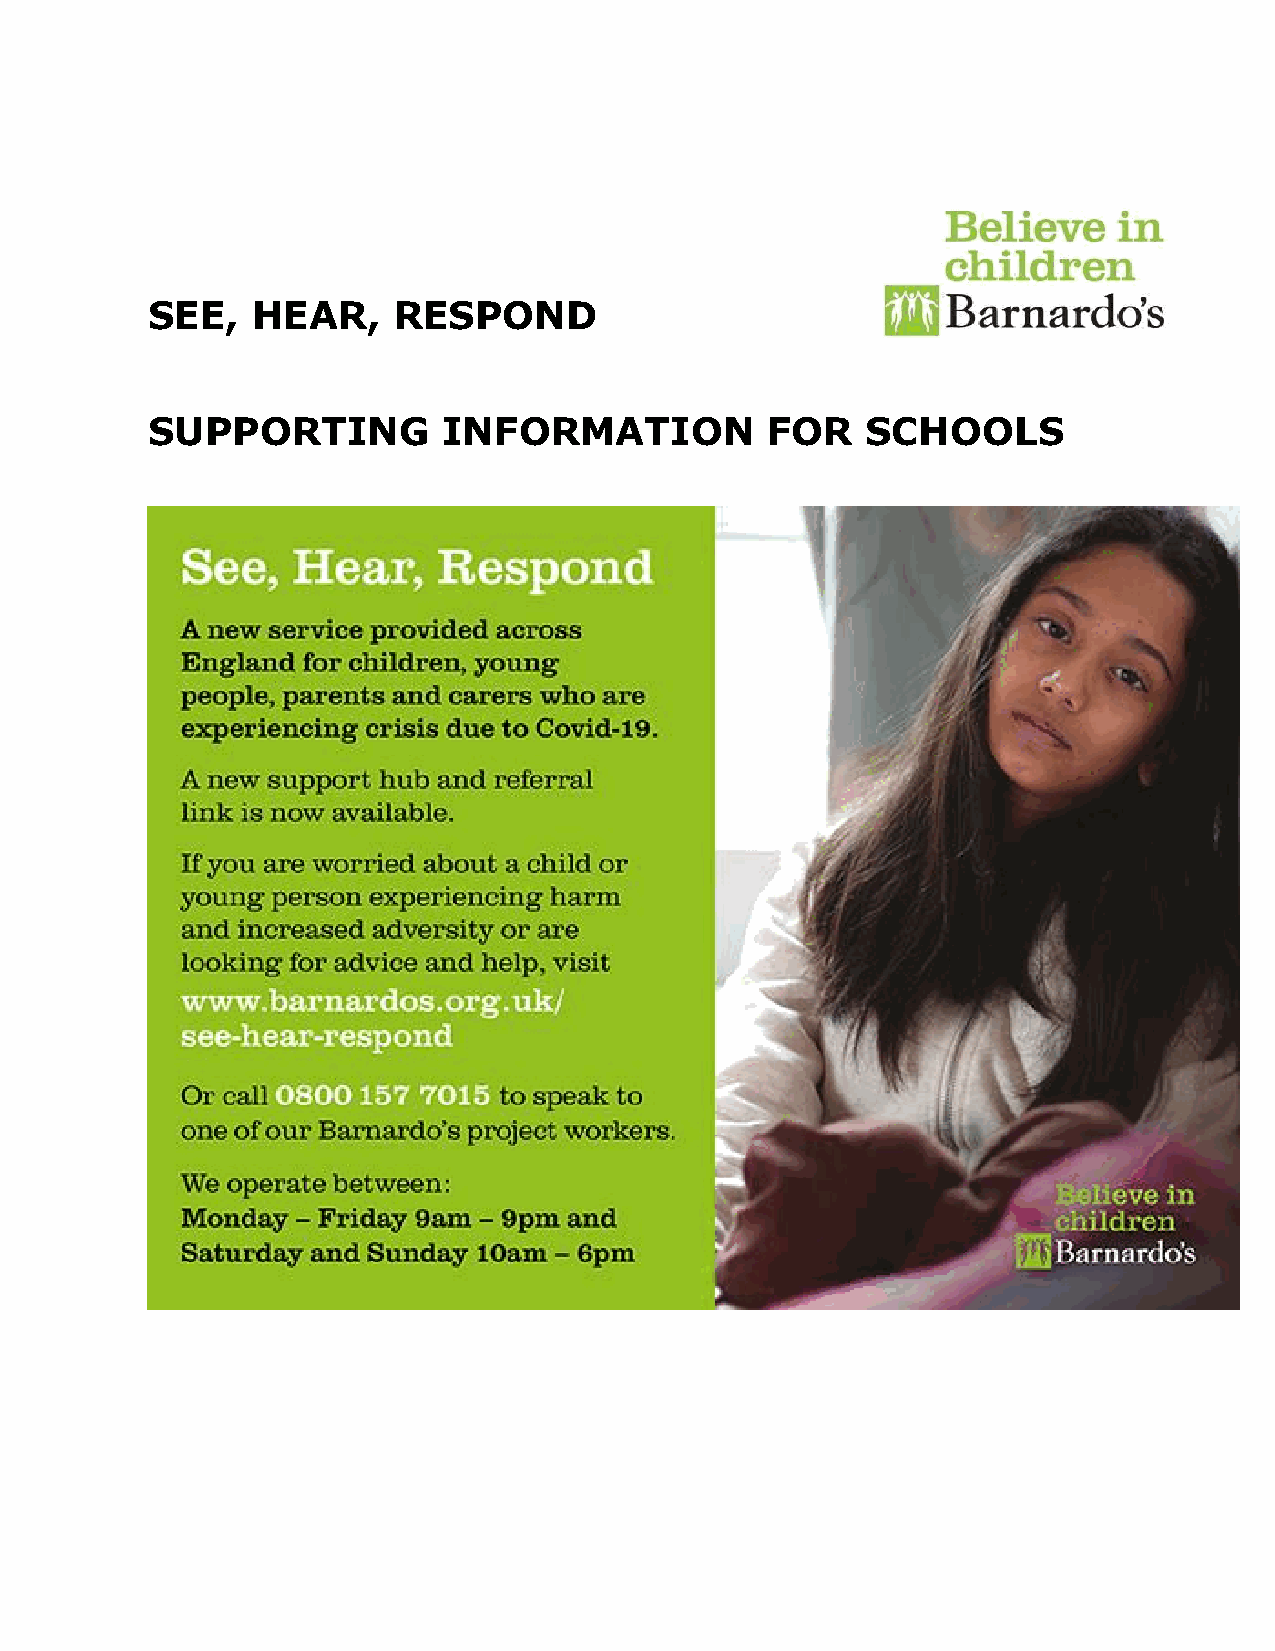
SEE,   HEAR,    RESPOND
 SUPPORTING         INFORMATION           FOR   SCHOOLS